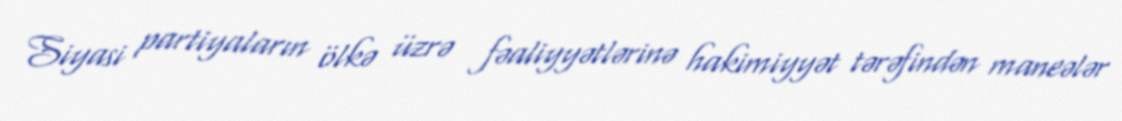
Siyasi partiyaların ölkə üzrə fəaliyyətlərinə hakimiyyət tərəfindən maneələr